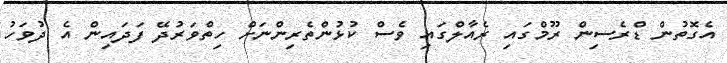
އެގޮތުން ޑްރެސިން ރޫމްގައި ރެއާލްގައި ވެސް ކުޅުންތެރިންނަށް ހިތްވަރުދޭ ފަދައިން އެ ދުވަހު